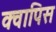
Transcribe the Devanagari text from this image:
क्वापिस